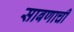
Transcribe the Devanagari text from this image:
साबणाची